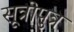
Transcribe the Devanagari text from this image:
सूत्रोपुत्र